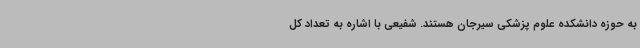
به حوزه دانشکده علوم پزشکی سیرجان هستند. شفیعی با اشاره به تعداد کل